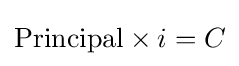
{\text{Principal}}\times i=C